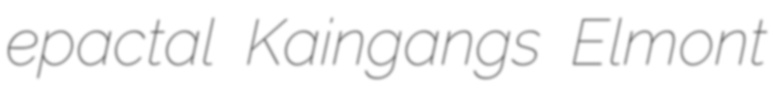
epactal Kaingangs Elmont